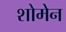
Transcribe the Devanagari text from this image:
शोमेन